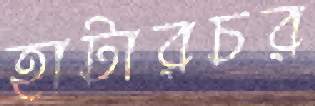
হাটারচর